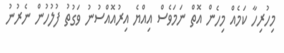
މިހުރިހާ ކަމެއް މިހެން އޮތް ނަމަވެސް އިއްޔެ އިރުއޮއްސުނު ވަގުތު ފުލުހުން ނެރުނު